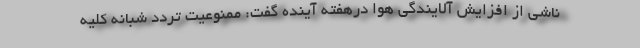
ناشی از افزایش آلایندگی هوا درهفته آینده گفت: ممنوعیت تردد شبانه کلیه